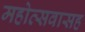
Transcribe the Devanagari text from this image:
महोत्सवासह